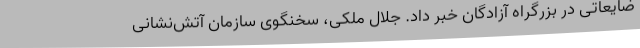
ضایعاتی در بزرگراه آزادگان خبر داد. جلال ملکی، سخنگوی سازمان آتش‌نشانی